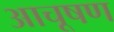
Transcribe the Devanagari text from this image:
आचूषण